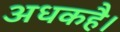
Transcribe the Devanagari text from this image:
अधकहै।